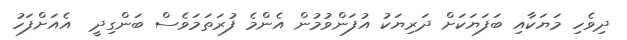
ދިވެހި މަޔަކާއި ބަފަޔަކަށް ދަރިޔަކު އުފަންވުމުން އެންމެ ފުރަތަމަވެސް ބަންގިދީ  އެއަށްފަހު